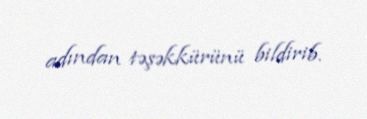
adından təşəkkürünü bildirib.